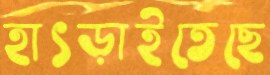
হাৎড়াইতেছে